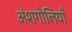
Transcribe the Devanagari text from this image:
अंशगोलियाँ